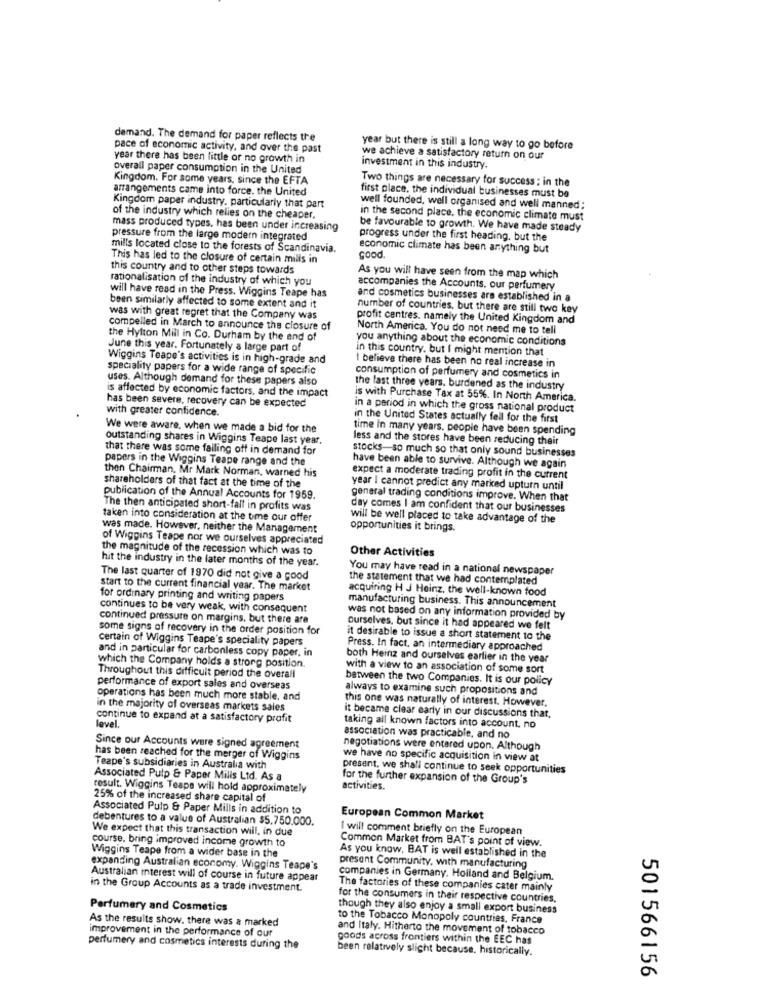
demand. The demand for paper reflects the
pace of economic activity, and over the past
year but there is still a long way to go before
year there has been little or no growth in
we achieve a satisfactory return on our
overall paper consumption in the United
investment in this industry.
Kingdom. For some years, since the EFTA
Two things are necessary for success ; in the
arrangements came into force. the United
first place, the individual businesses must be
Kingdom paper industry. particularly that part
well founded, well organised and well manned;
of the industry which relies on the cheaper.
in the second place, the economic climate must
mass produced types, has been under increasing
be favourable to growth. We have made steady
pressure from the large modern integrated
progress under the first heading, but the
mills located close to the forests of Scandinavia.
economic climate has been anything but
This has led to the closure of certain mills in
Good
this country and to other steps towards
rationalisation of the industry of which you
As you will have seen from the map which
will have read in the Press. Wiggins Teape has
accompanies the Accounts. our perfumery
and cosmetics businesses are established in a
been similarly affected to some extent and it
number of countries, but there are still two key
was with great regret that the Company was
profit centres. namely the United Kingdom and
compelled in March to announce the closure of
North America. You do not need me to tell
the Hylton Mill in Co. Durham by the end of
you anything about the economic conditions
June this year. Fortunately a large part of
in this country, but I might mention that
Wiggins Teape's activities is in high-grade and
speciality papers for a wide range of specific
I believe there has been no real increase in
uses. Although demand for these papers also
consumption of perfumery and cosmetics in
is affected by economic factors, and the impact
the last three years. burdened as the industry
is with Purchase Tax at 55%. In North America.
has been severe, recovery can be expected
with greater confidence.
in a period in which the gross national product
in the United States actually fell for the first
We were aware, when we made a bid for the
time In many years, people have been spending
outstanding shares in Wiggins Teape last year.
less and the stores have been reducing their
that there was some falling off in demand for
stocks-so much so that only sound businesses
papers in the Wiggins Teape range and the
then Chairman, Mr Mark Norman, warned his
have been able to survive. Although we again
expect a moderate trading profit in the current
shareholders of that fact at the time of the
year I cannot predict any marked upturn until
publication of the Annual Accounts for 1959.
general trading conditions improve. When that
The then anticipated short-fall in profits was
day comes I am confident that our businesses
taken into consideration at the time our offer
will be well placed to take advantage of the
was made. However, neither the Management
opportunities it brings.
of Wiggins Teape nor we ourselves appreciated
the magnitude of the recession which was to
Other Activities
hit the industry in the later months of the year.
You may have read in a national newspaper
The last quarter of 1970 did not give a good
the statement that we had contemplated
start to the current financial year. The market
acquiring H J Heinz, the well-known food
for ordinary printing and writing papers
manufacturing business. This announcement
continues to be very weak, with consequent
continued pressure on margins, but there are
was not based on any information provided by
some signs of recovery in the order position for
ourselves, but since it had appeared we felt
certain of Wiggins Teape's speciality papers
it desirable to issue a short statement to the
and in particular for carbonless copy paper, in
Press. In fact, an intermediary approached
which the Company holds a strong position.
both Heinz and ourselves earlier in the year
with a view to an association of some sort
Throughout this difficult period the overall
between the two Companies. It is our policy
performance of export sales and overseas
always to examine such propositions and
operations has been much more stable, and
in the majority of overseas markets sales
this one was naturally of interest. However,
continue to expand at a satisfactory profit
it became clear early in our discussions that,
level.
taking all known factors into account. no
association was practicable, and no
Since our Accounts were signed agreement
negotiations were entered upon. Although
has been reached for the merger of Wiggins
we have no specific acquisition in view at
Teape's subsidiaries in Australia with
present. we shall continue to seek opportunities
Associated Pulp & Paper Milis Ltd. As a
for the further expansion of the Group's
result. Wiggins Teape will hold approximately
activities.
25% of the increased share capital of
Associated Pulp & Paper Mills in addition to
debentures to a value of Australian $5.750.000.
European Common Market
We expect that this transaction will, in due
I will comment briefly on the European
course. bring improved income growth to
Common Market from BAT's point of view.
Wiggins Teape from a wider base in the
As you know, BAT is well established in the
expanding Australian economy. Wiggins Teape's
present Community, with manufacturing
Australian Interest will of course in future appear
companies in Germany. Holland and Belgium.
in the Group Accounts as a trade investment.
The factories of these companies cater mainly
for the consumers in their respective countries,
Perfumery and Cosmetics
though they also enjoy a small export business
As the results show. there was a marked
to the Tobacco Monopoly countries, France
improvement in the performance of our
and Italy. Hitherto the movement of tobacco
goods across frontiers within the EEC has
perfumery and cosmetics interests during the
been relatively slight because. historically.
501566156